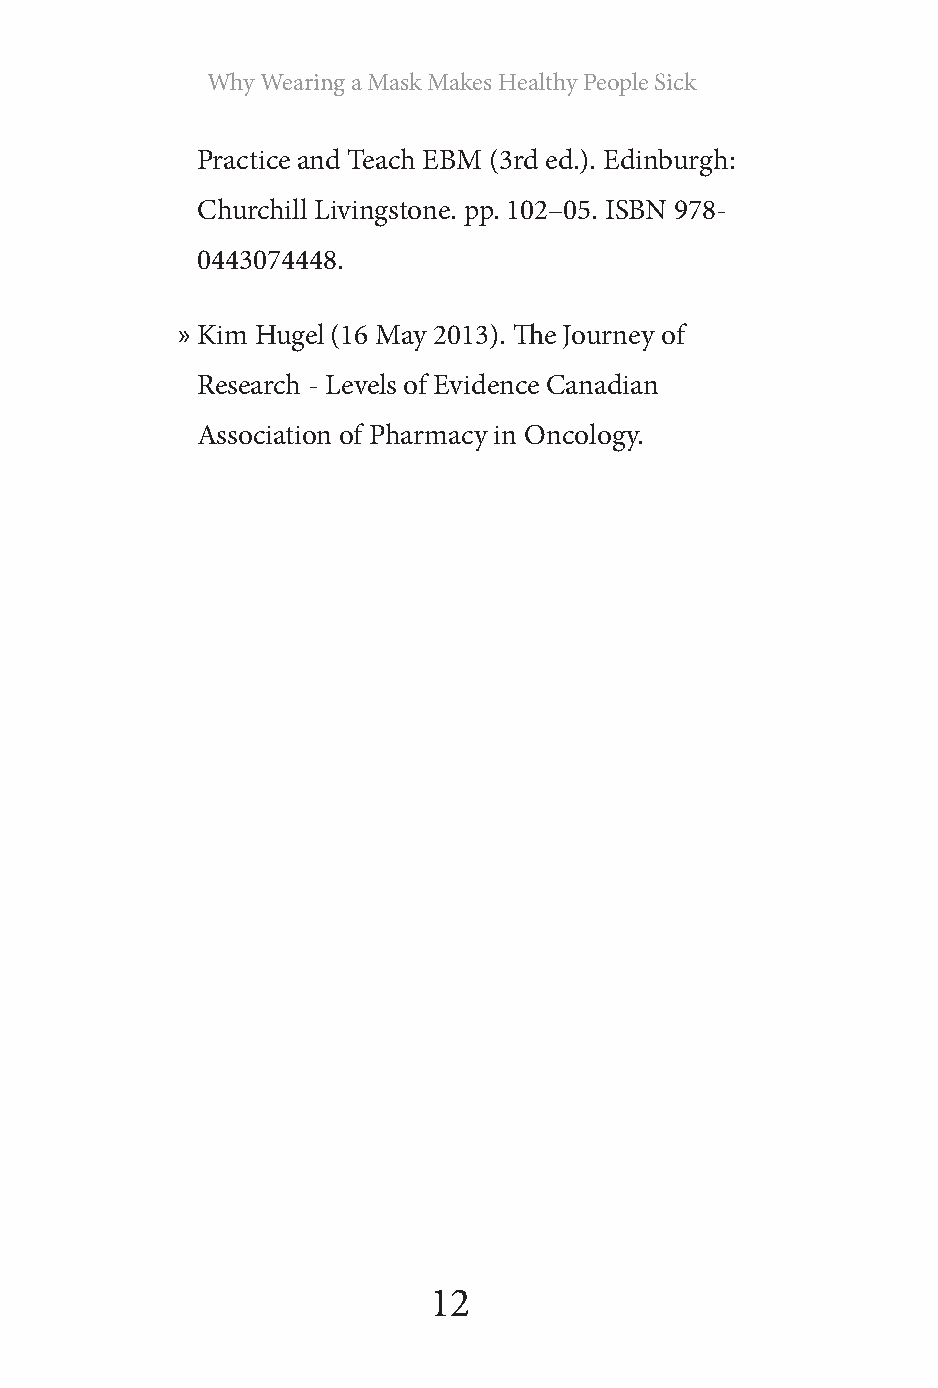
Why Wearing a Mask Makes Healthy People Sick
 Practice and Teach EBM (3rd ed.). Edinburgh:
 Churchill Livingstone. pp. 102–05. ISBN 978-
 0443074448.
 » Kim Hugel (16 May 2013). The Journey of
 Research - Levels of Evidence Canadian
 Association of Pharmacy in Oncology.
 12